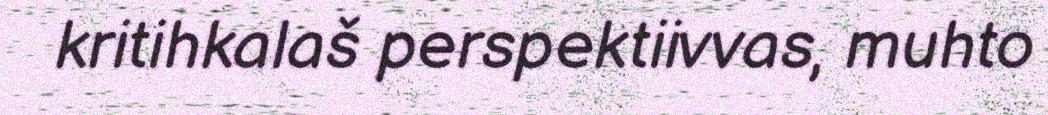
kritihkalaš perspektiivvas, muhto